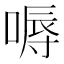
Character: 嗕